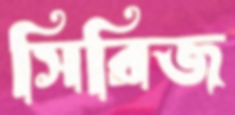
সিরিজ